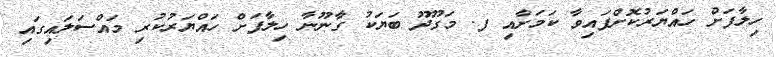
ހިލާފަށް ހައްޔަރުކޮށްފައިވާ ކަމަށާއި ފ. މަގޫދޫ ބަޔަކު ގާނޫނާ ހިލާފަށް ހައްޔަރުކުރި މައްސަލައިގައި